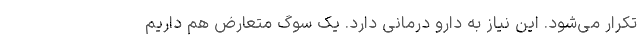
تکرار می‌شود. این نیاز به دارو درمانی دارد. یک سوگ متعارض هم داریم